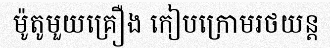
ម៉ូតូមួយគ្រឿង កៀបក្រោមរថយន្ត